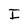
Character: I